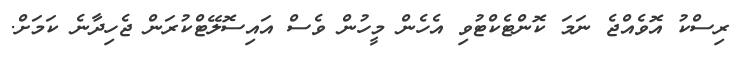
ރިސްކު އޮވެއްޖެ ނަމަ ކޮންޓެކްޓުވި އެހެން މީހުން ވެސް އައިސޮލޭޓްކުރަން ޖެހިދާނެ ކަމަށް.